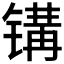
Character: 𰾨